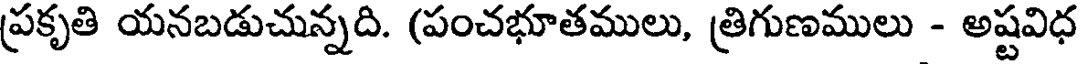
ప్రకృతి యనబడుచున్నది. (పంచభూతములు, త్రిగుణములు - అష్టవిధ